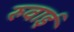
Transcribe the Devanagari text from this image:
रुवाई